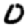
Digit: 0